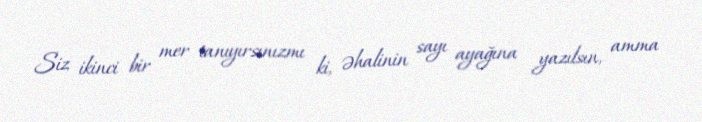
Siz ikinci bir mer tanıyırsınızmı ki, əhalinin sayı ayağına yazılsın, amma